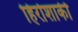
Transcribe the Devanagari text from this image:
हिरोशाकी